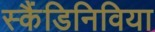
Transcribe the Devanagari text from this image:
स्कैंडिनिविया